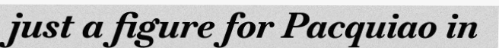
just a figure for Pacquiao in